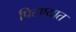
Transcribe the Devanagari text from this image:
पिटण्यात